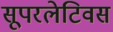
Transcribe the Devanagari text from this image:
सूपरलेटिवस